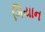
ગિયાન